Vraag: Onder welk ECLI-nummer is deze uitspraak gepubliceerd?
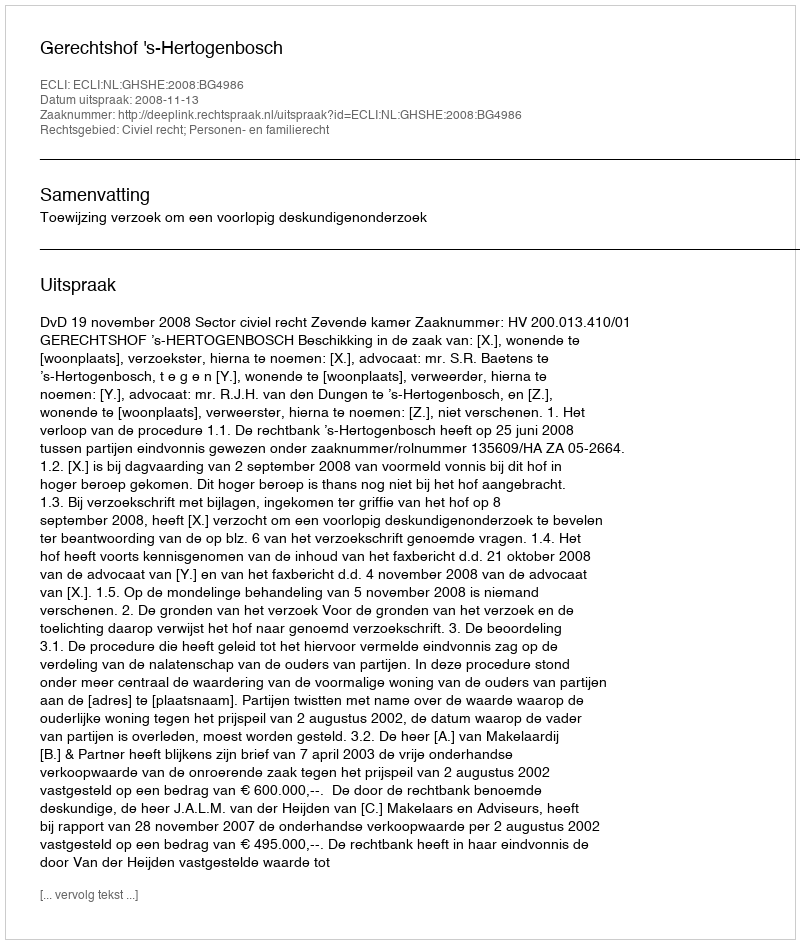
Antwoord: ECLI:NL:GHSHE:2008:BG4986